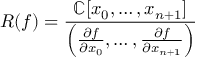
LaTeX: R ( f ) = { \frac { \mathbb { C } [ x _ { 0 } , \ldots , x _ { n + 1 } ] } { \left( { \frac { \partial f } { \partial x _ { 0 } } } , \ldots , { \frac { \partial f } { \partial x _ { n + 1 } } } \right) } }